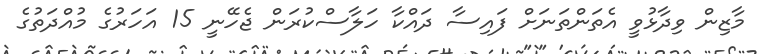
މާޒިން ވިދާޅުވީ އެތަންތަނަށް ފައިސާ ދައްކާ ހަލާސްކުރަން ޖެހޭނީ 15 އަހަރުގެ މުއްދަތުގެ